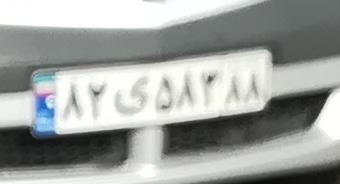
۸۲ی۵۸۳۸۸